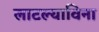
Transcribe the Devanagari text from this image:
लाटल्याविना